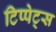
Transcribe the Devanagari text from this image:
टिप्‍पेट्स